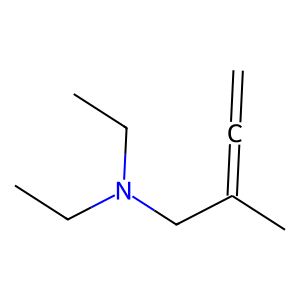
SMILES: C=C=C(C)CN(CC)CC
Inhibits HIV replication: No